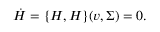
\dot { H } = \{ H , H \} ( v , \Sigma ) = 0 .